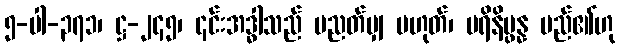
၅-ပါ-၃၇၁၊ ဋ္ဌ-၂၄၅၊ ၎င်းအဒ္ဓါသည် ပညတ်မျှ မဟုတ်၊ ပရိနိပ္ဖန္န မည်၏ဟု